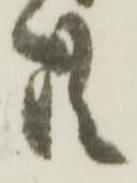
共